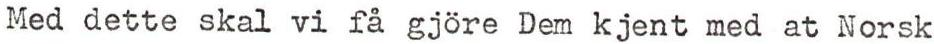
Med dette skal vi få gjöre Dem kjent med at Norsk